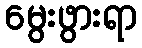
မွေးဖွားရာ